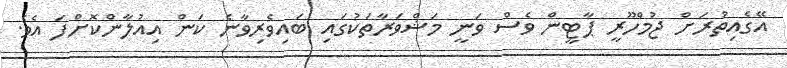
އޭގެއިތުރަށް ޖުމްހޫރީ ޕާޓީން ވެސް ވަނީ މަޝްވަރާތަކުގައި ބައިވެރިވާނެ ކަން އިއުލާންކޮށްފަ އެވެ.